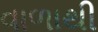
વાળાથી